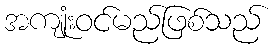
အကျုံးဝင်မည်ဖြစ်သည်